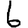
Digit: 6